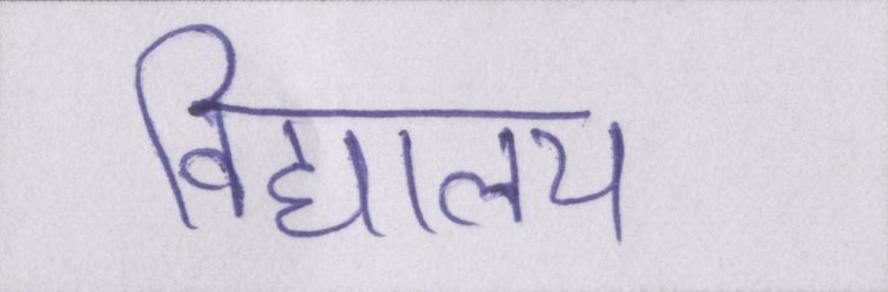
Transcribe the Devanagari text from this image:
विद्यालय